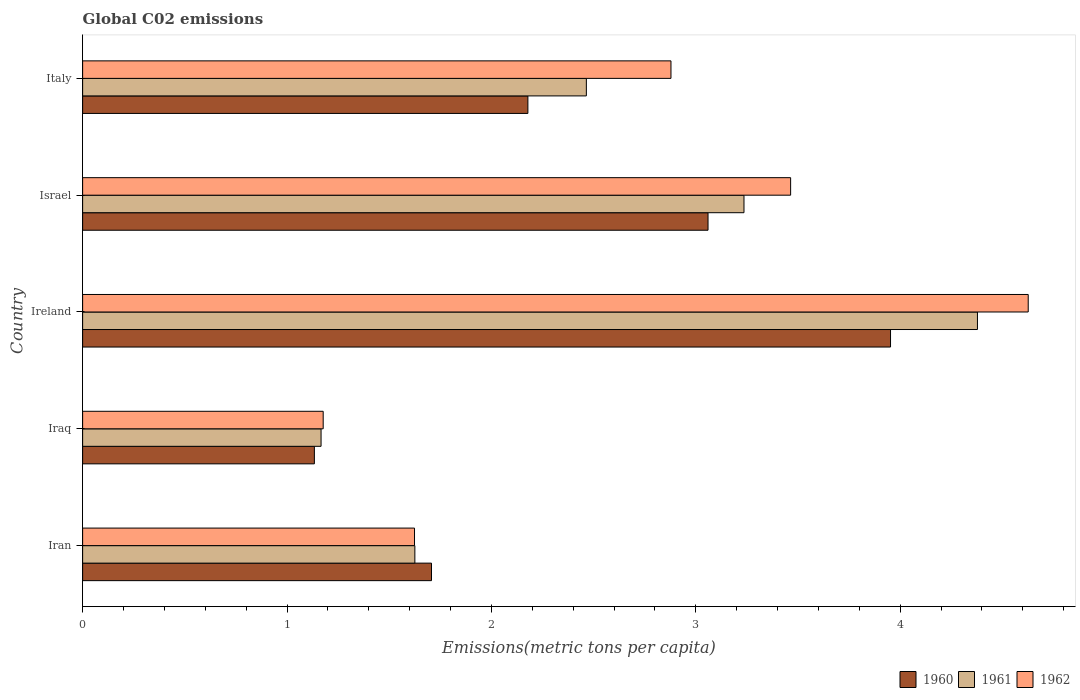
| Country | 1960 | 1961 | 1962 |
 | --- | --- | --- | --- |
 | Iran | 1.71 | 1.63 | 1.62 |
 | Iraq | 1.13 | 1.17 | 1.18 |
 | Ireland | 3.95 | 4.38 | 4.63 |
 | Israel | 3.06 | 3.24 | 3.46 |
 | Italy | 2.18 | 2.46 | 2.88 |